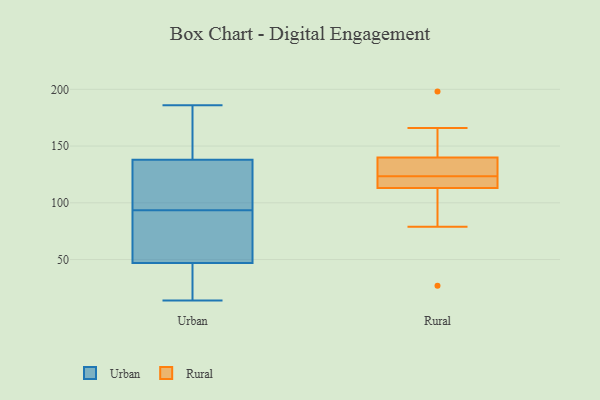
{"axis": {"x": "Shipments", "y": "Value"}, "legend": ["Rural", "Urban"], "data": [{"x": "", "y": 174, "type": "Urban"}, {"x": "", "y": 186, "type": "Urban"}, {"x": "", "y": 185, "type": "Urban"}, {"x": "", "y": 44, "type": "Urban"}, {"x": "", "y": 42, "type": "Urban"}, {"x": "", "y": 98, "type": "Urban"}, {"x": "", "y": 160, "type": "Urban"}, {"x": "", "y": 31, "type": "Urban"}, {"x": "", "y": 105, "type": "Urban"}, {"x": "", "y": 76, "type": "Urban"}, {"x": "", "y": 182, "type": "Urban"}, {"x": "", "y": 14, "type": "Urban"}, {"x": "", "y": 52, "type": "Urban"}, {"x": "", "y": 92, "type": "Urban"}, {"x": "", "y": 45, "type": "Urban"}, {"x": "", "y": 112, "type": "Urban"}, {"x": "", "y": 49, "type": "Urban"}, {"x": "", "y": 55, "type": "Urban"}, {"x": "", "y": 95, "type": "Urban"}, {"x": "", "y": 116, "type": "Urban"}, {"x": "", "y": 100, "type": "Rural"}, {"x": "", "y": 140, "type": "Rural"}, {"x": "", "y": 119, "type": "Rural"}, {"x": "", "y": 127, "type": "Rural"}, {"x": "", "y": 79, "type": "Rural"}, {"x": "", "y": 198, "type": "Rural"}, {"x": "", "y": 120, "type": "Rural"}, {"x": "", "y": 113, "type": "Rural"}, {"x": "", "y": 166, "type": "Rural"}, {"x": "", "y": 27, "type": "Rural"}, {"x": "", "y": 133, "type": "Rural"}, {"x": "", "y": 113, "type": "Rural"}, {"x": "", "y": 156, "type": "Rural"}, {"x": "", "y": 137, "type": "Rural"}]}